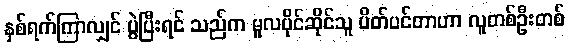
နှစ်ရက်ကြာလျှင် ပွဲပြီးရင် သည်က မူလပိုင်ဆိုင်သူ ပိတ်ပင်တာဟာ လူတစ်ဦးတစ်